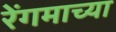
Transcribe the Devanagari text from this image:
रेंगमाच्या